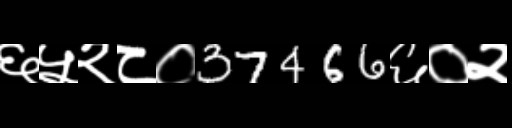
Text: ६५२८०37466६०२